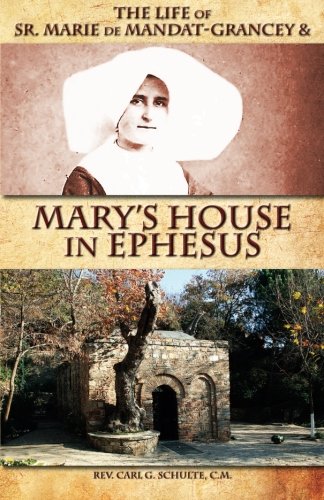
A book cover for The Life of Sr. Marie de Mandat-Grancey &  Mary's House in Ephesus; Rev. Carl G Schulte C.M.; Christian Books & Bibles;